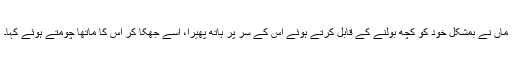
ماں نے بمشکل خود کو کچھ بولنے کے قابل کرتے ہوئے اس کے سر پر ہاتھ پھیرا، اسے جھکا کر اس کا ماتھا چومتے ہوئے کہا۔